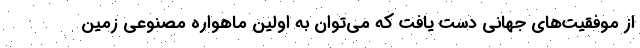
از موفقیت‌های جهانی دست یافت که می‌توان به اولین ماهواره مصنوعی زمین